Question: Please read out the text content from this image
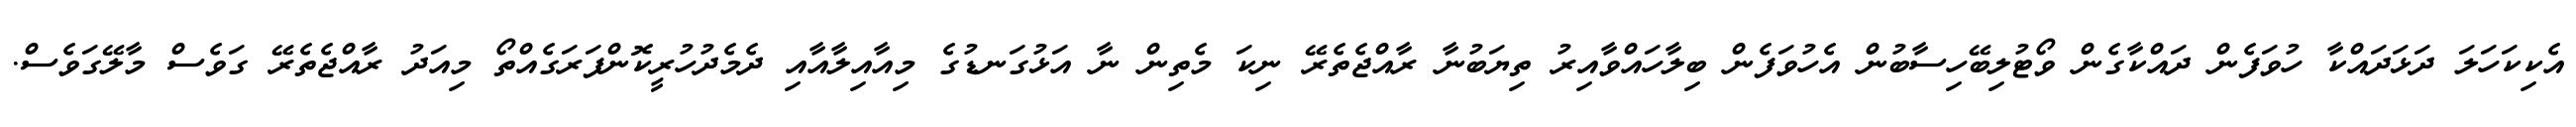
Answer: އެކިކަހަލަ ދަޅަދައްކާ ހުވަފެން ދައްކާގެން ވޯޓުލިބޭހިސާބުން އެހުވަފެން ބިލާހައްވާއިރު ތިޔަބުނާ ރާއްޖެތެރޭ ނިކަ މެތިން ނާ އަޅުގަނޑުގެ މިއާއިލާއާއި ދެމެދުހުރީކޮންފަރަގެއްތޯ މިއަދު ރާއްޖެތެރޭ ގަވެސް މާލޭގަވެސް.